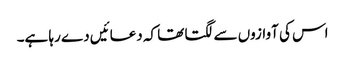
اس کی آوازوں سے لگتا تھا کہ دعائیں دے رہا ہے۔